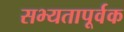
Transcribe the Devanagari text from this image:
सभ्यतापूर्वक